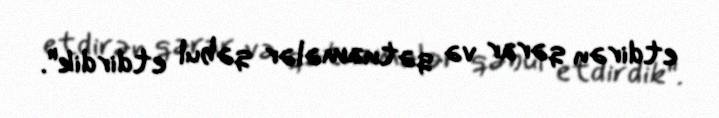
etdirən qərar və qətnamələr qəbul etdirdik".